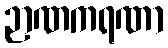
ဉာဏကရဏာ